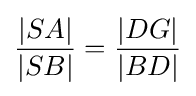
{\frac {|SA|}{|SB|}}={\frac {|DG|}{|BD|}}